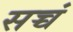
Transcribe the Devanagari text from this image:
सच्चं